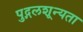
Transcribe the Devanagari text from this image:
पुद्गलशून्यता